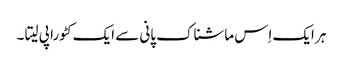
ہر ایک اِس ماشناک پانی سے ایک کٹورا پی لیتا ۔